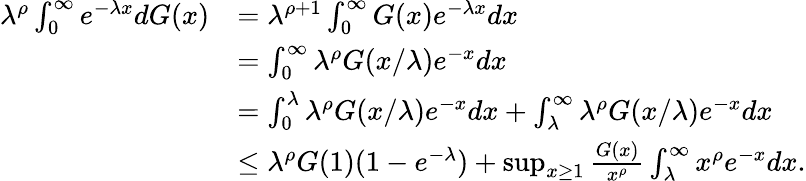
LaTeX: \begin{array}{rl}{\lambda^{\rho}\int_{0}^{\infty}e^{-\lambda x}dG(x)}&{=\lambda^{\rho+1}\int_{0}^{\infty}G(x)e^{-\lambda x}dx}\\ &{=\int_{0}^{\infty}\lambda^{\rho}G(x/\lambda)e^{-x}dx}\\ &{=\int_{0}^{\lambda}\lambda^{\rho}G(x/\lambda)e^{-x}dx+\int_{\lambda}^{\infty}\lambda^{\rho}G(x/\lambda)e^{-x}dx}\\ &{\leq\lambda^{\rho}G(1)(1-e^{-\lambda})+\operatorname*{sup}_{x\geq 1}\frac{G(x)}{x^{\rho}}\int_{\lambda}^{\infty}x^{\rho}e^{-x}dx.}\end{array}